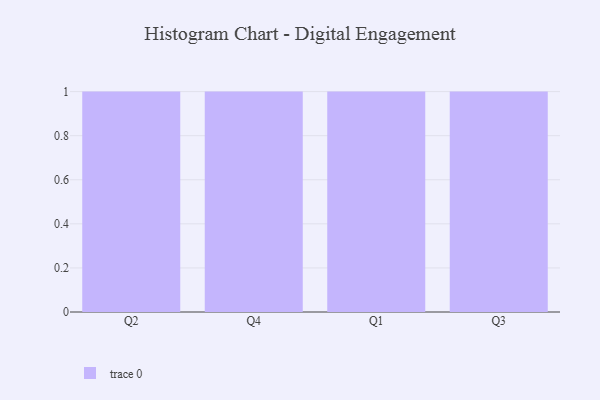
{"axis": {"x": "Quarter", "y": "Backlog"}, "legend": [""], "data": [{"x": "Q2", "y": 55, "type": ""}, {"x": "Q4", "y": 19, "type": ""}, {"x": "Q1", "y": 84, "type": ""}, {"x": "Q3", "y": 48, "type": ""}]}